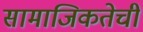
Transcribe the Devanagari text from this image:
सामाजिकतेची